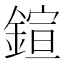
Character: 鍹